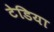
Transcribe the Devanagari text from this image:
टेडिया